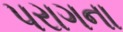
પરાગના